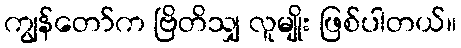
ကျွန်တော်က ဗြိတိသျှ လူမျိုး ဖြစ်ပါတယ်။